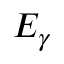
E _ { \gamma }